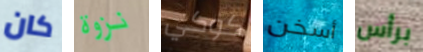
كان نزوة كوكي أسخن برأس